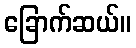
ခြောက်ဆယ်။